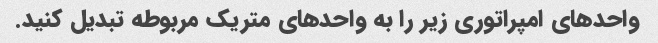
واحدهای امپراتوری زیر را به واحدهای متریک مربوطه تبدیل کنید.